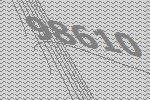
98610